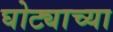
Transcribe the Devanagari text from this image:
घोट्याच्या